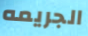
الجريمه